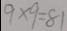
9 \times 9 = 8 1